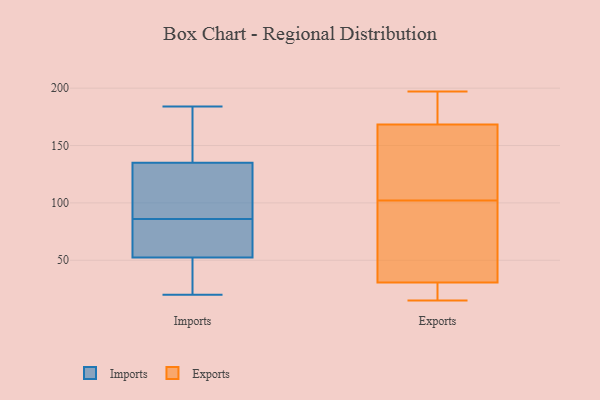
{"axis": {"x": "Operating Costs (USD K)", "y": "Value"}, "legend": ["Exports", "Imports"], "data": [{"x": "", "y": 46, "type": "Imports"}, {"x": "", "y": 96, "type": "Imports"}, {"x": "", "y": 139, "type": "Imports"}, {"x": "", "y": 79, "type": "Imports"}, {"x": "", "y": 38, "type": "Imports"}, {"x": "", "y": 93, "type": "Imports"}, {"x": "", "y": 78, "type": "Imports"}, {"x": "", "y": 163, "type": "Imports"}, {"x": "", "y": 131, "type": "Imports"}, {"x": "", "y": 59, "type": "Imports"}, {"x": "", "y": 20, "type": "Imports"}, {"x": "", "y": 184, "type": "Imports"}, {"x": "", "y": 120, "type": "Exports"}, {"x": "", "y": 166, "type": "Exports"}, {"x": "", "y": 189, "type": "Exports"}, {"x": "", "y": 194, "type": "Exports"}, {"x": "", "y": 26, "type": "Exports"}, {"x": "", "y": 102, "type": "Exports"}, {"x": "", "y": 26, "type": "Exports"}, {"x": "", "y": 107, "type": "Exports"}, {"x": "", "y": 42, "type": "Exports"}, {"x": "", "y": 55, "type": "Exports"}, {"x": "", "y": 15, "type": "Exports"}, {"x": "", "y": 175, "type": "Exports"}, {"x": "", "y": 22, "type": "Exports"}, {"x": "", "y": 53, "type": "Exports"}, {"x": "", "y": 197, "type": "Exports"}, {"x": "", "y": 157, "type": "Exports"}, {"x": "", "y": 32, "type": "Exports"}]}